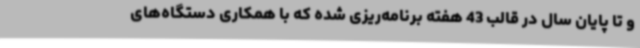
و تا پایان سال در قالب 43 هفته برنامه‌ریزی شده که با همکاری دستگاه‌های